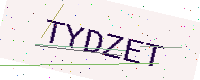
Text: TYDZET